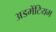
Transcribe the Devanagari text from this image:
अडमेंटियम